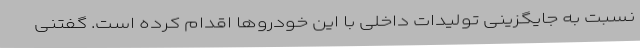
نسبت به جایگزینی تولیدات داخلی با این خودروها اقدام کرده است. گفتنی